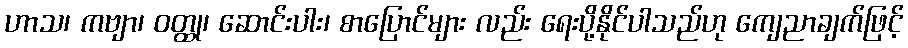
ဟာသ၊ ကဗျာ၊ ဝတ္ထု၊ ဆောင်းပါး၊ စာပြောင်များ လည်း ရေးပို့နိုင်ပါသည်ဟု ကျေညာချက်ဖြင့်